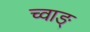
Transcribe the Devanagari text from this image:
च्वाङ्